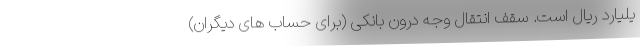
یلیارد ریال است. سقف انتقال وجه درون بانکی (برای حساب های دیگران)